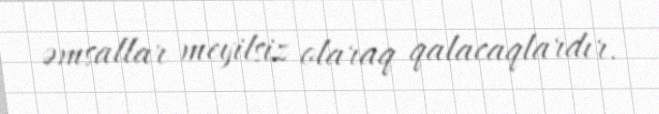
əmsallar meyilsiz olaraq qalacaqlardır.